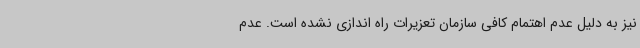
نیز به دلیل عدم اهتمام کافی سازمان تعزیرات راه اندازی نشده است. عدم